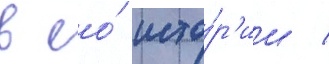
в ео́ исто́р'ии /